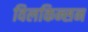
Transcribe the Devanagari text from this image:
विलकिन्सन